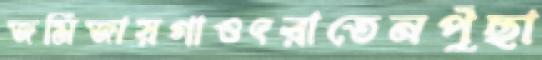
জমিজায়গাওৎরাতেনপুঁছা